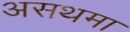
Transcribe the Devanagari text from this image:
असथमा